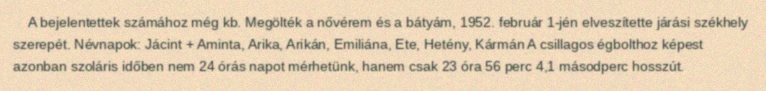
A bejelentettek számához még kb. Megölték a nővérem és a bátyám, 1952. február 1-jén elveszítette járási székhely szerepét. Névnapok: Jácint + Aminta, Arika, Arikán, Emiliána, Ete, Hetény, Kármán A csillagos égbolthoz képest azonban szoláris időben nem 24 órás napot mérhetünk, hanem csak 23 óra 56 perc 4,1 másodperc hosszút.